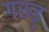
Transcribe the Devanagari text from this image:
गरुड़्